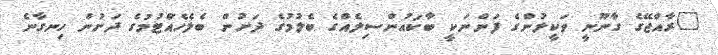
"ރާއްޖޭގެ ގާނޫނީ ވަކީލުންގެ ފަންނަކީ ބާކައުންސިލެއްގެ ބެލުމުގެ ދަށުން ބެލެހެއްަޓުމުގެ ދަށުން ހިނގާނެ